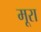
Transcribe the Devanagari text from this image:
मूरा